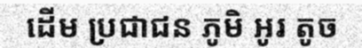
ដើម ប្រជាជន ភូមិ អូរ តូច